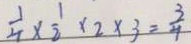
\frac { 1 } { 4 } \times \frac { 1 } { 2 } \times 2 \times 3 = \frac { 3 } { 4 }